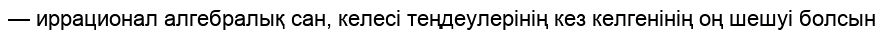
— иррационал алгебралық сан, келесі теңдеулерінің кез келгенінің оң шешуі болсын